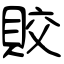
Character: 賋